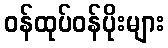
ဝန်ထုပ်ဝန်ပိုးများ